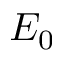
E _ { 0 }